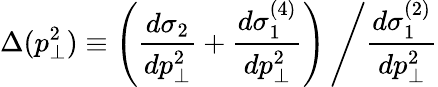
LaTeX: \Delta(p_{\perp}^{2})\equiv\left(\frac{d\sigma_{2}}{dp_{\perp}^{2}}+\frac{d\sigma_{1}^{(4)}}{dp_{\perp}^{2}}\right)\left/\frac{d\sigma_{1}^{(2)}}{dp_{\perp}^{2}}\right.